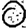
Digit: 0